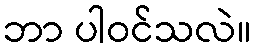
ဘာ ပါဝင်သလဲ။